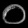
Digit: ၀